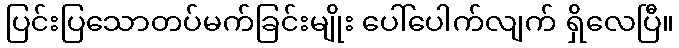
ပြင်းပြသောတပ်မက်ခြင်းမျိုး ပေါ်ပေါက်လျက် ရှိလေပြီ။